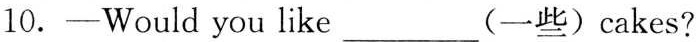
10.—Would you like ___ (一些)cakes?